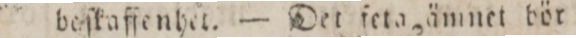
beſkaffenhet. — Det feta ämnet bör wa